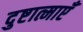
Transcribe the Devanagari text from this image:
दुष्टात्माएँ